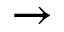
\rightarrow